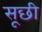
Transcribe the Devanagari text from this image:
सूछी